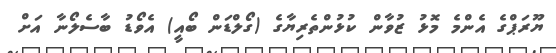
ޔޫރަޕްގެ އެންމެ މޮޅު ޒުވާން ކުޅުންތެރިޔާގެ (ގޯލްޑަން ބޯއީ) އެވޯޑު ބާސެލޯނާ އަށް